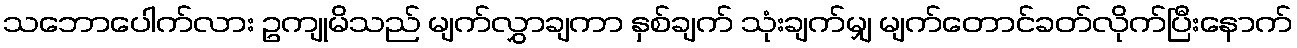
သဘောပေါက်လား ဥကျုမိသည် မျက်လွှာချကာ နှစ်ချက် သုံးချက်မျှ မျက်တောင်ခတ်လိုက်ပြီးနောက်